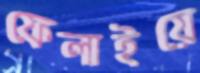
ফেলাইয়ে